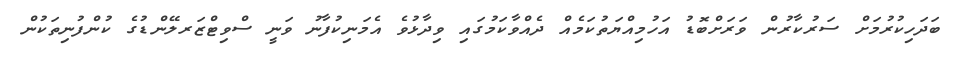
ބަދަހިކުރުމަށް ސަރުކާރުން ވަރަށްބޮޑު އަހުމިއްޔަތުކަމެއް ދެއްވާކަމުގައި ވިދާޅުވެ އެމަނިކުފާނު ވަނީ ސްވިޓްޒަރލޭންޑުގެ ކުންފުނިތަކުން